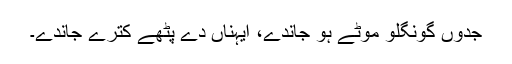
جدوں گونگلو موٹے ہو جاندے، ایہناں دے پٹھے کُترے جاندے۔